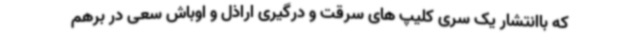
که باانتشار یک سری کلیپ های سرقت و درگیری اراذل و اوباش سعی در برهم